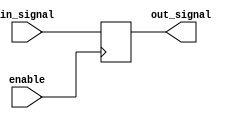
module transmission_gate_delay (
  input wire in_signal,
  output reg out_signal,
  input wire enable
);

reg internal_signal;

always @ (posedge enable) begin
  internal_signal <= in_signal;
end

assign out_signal = internal_signal;

endmodule